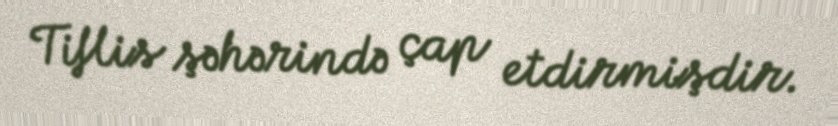
Tiflis şəhərində çap etdirmişdir.